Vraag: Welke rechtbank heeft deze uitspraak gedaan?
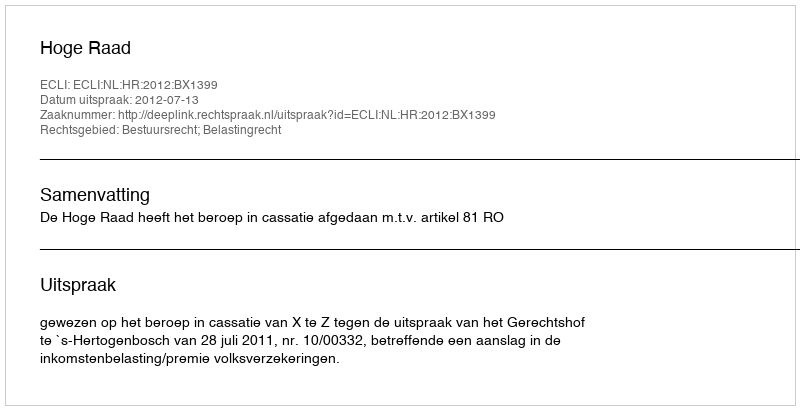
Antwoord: Hoge Raad